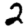
Digit: 2